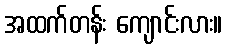
အထက်တန်း ကျောင်းလား။